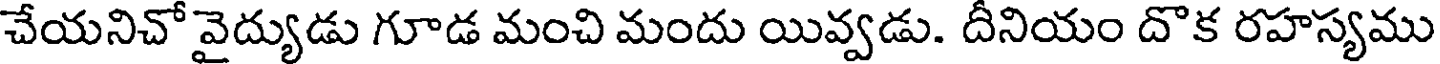
చేయనిచో వైద్యుడు గూడ మంచి మందు యివ్వడు. దీనియం దొక రహస్యము